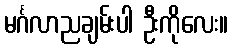
မင်္ဂလာညချမ်းပါ ဦးကိုလေး။